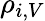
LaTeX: \rho_{i,V}